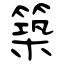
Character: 築